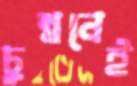
চুম্বনেই